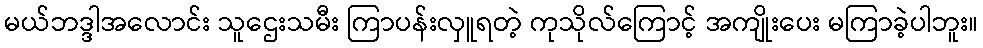
မယ်ဘဒ္ဒါအလောင်း သူဌေးသမီး ကြာပန်းလှူရတဲ့ ကုသိုလ်ကြောင့် အကျိုးပေး မကြာခဲ့ပါဘူး။